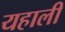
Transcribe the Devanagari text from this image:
यहाली